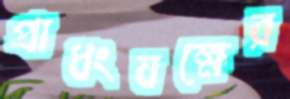
প্রাধংযক্ষের